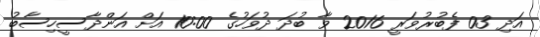
އަދި 03 ފެބުރުވަރީ 2016 ވާ ބުދަ ދުވަހުގެ 10:00 އަށް އަންދާސީހިސާބު